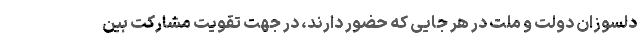
دلسوزان دولت و ملت در هر جایی که حضور دارند، در جهت تقویت مشارکت بین